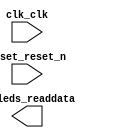

module ES (
	clk_clk,
	reset_reset_n,
	to_leds_readdata);	

	input		clk_clk;
	input		reset_reset_n;
	output	[31:0]	to_leds_readdata;
endmodule